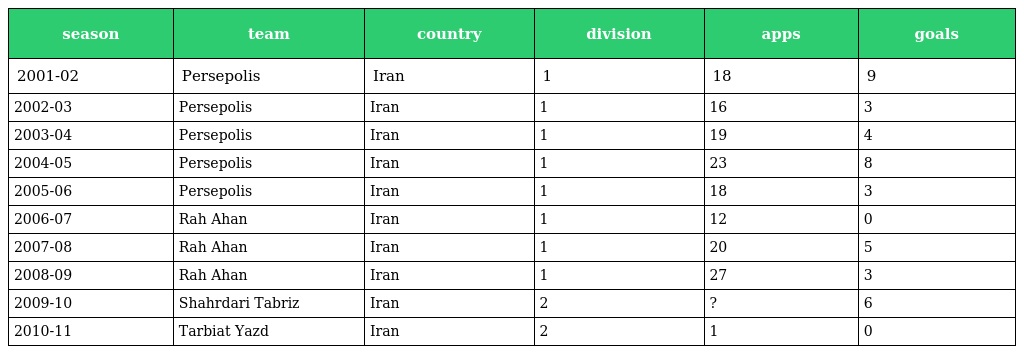
| season | team | country | division | apps | goals |
 | --- | --- | --- | --- | --- | --- |
 | 2001-02 | Persepolis | Iran | 1 | 18 | 9 |
 | 2002-03 | Persepolis | Iran | 1 | 16 | 3 |
 | 2003-04 | Persepolis | Iran | 1 | 19 | 4 |
 | 2004-05 | Persepolis | Iran | 1 | 23 | 8 |
 | 2005-06 | Persepolis | Iran | 1 | 18 | 3 |
 | 2006-07 | Rah Ahan | Iran | 1 | 12 | 0 |
 | 2007-08 | Rah Ahan | Iran | 1 | 20 | 5 |
 | 2008-09 | Rah Ahan | Iran | 1 | 27 | 3 |
 | 2009-10 | Shahrdari Tabriz | Iran | 2 | ? | 6 |
 | 2010-11 | Tarbiat Yazd | Iran | 2 | 1 | 0 |